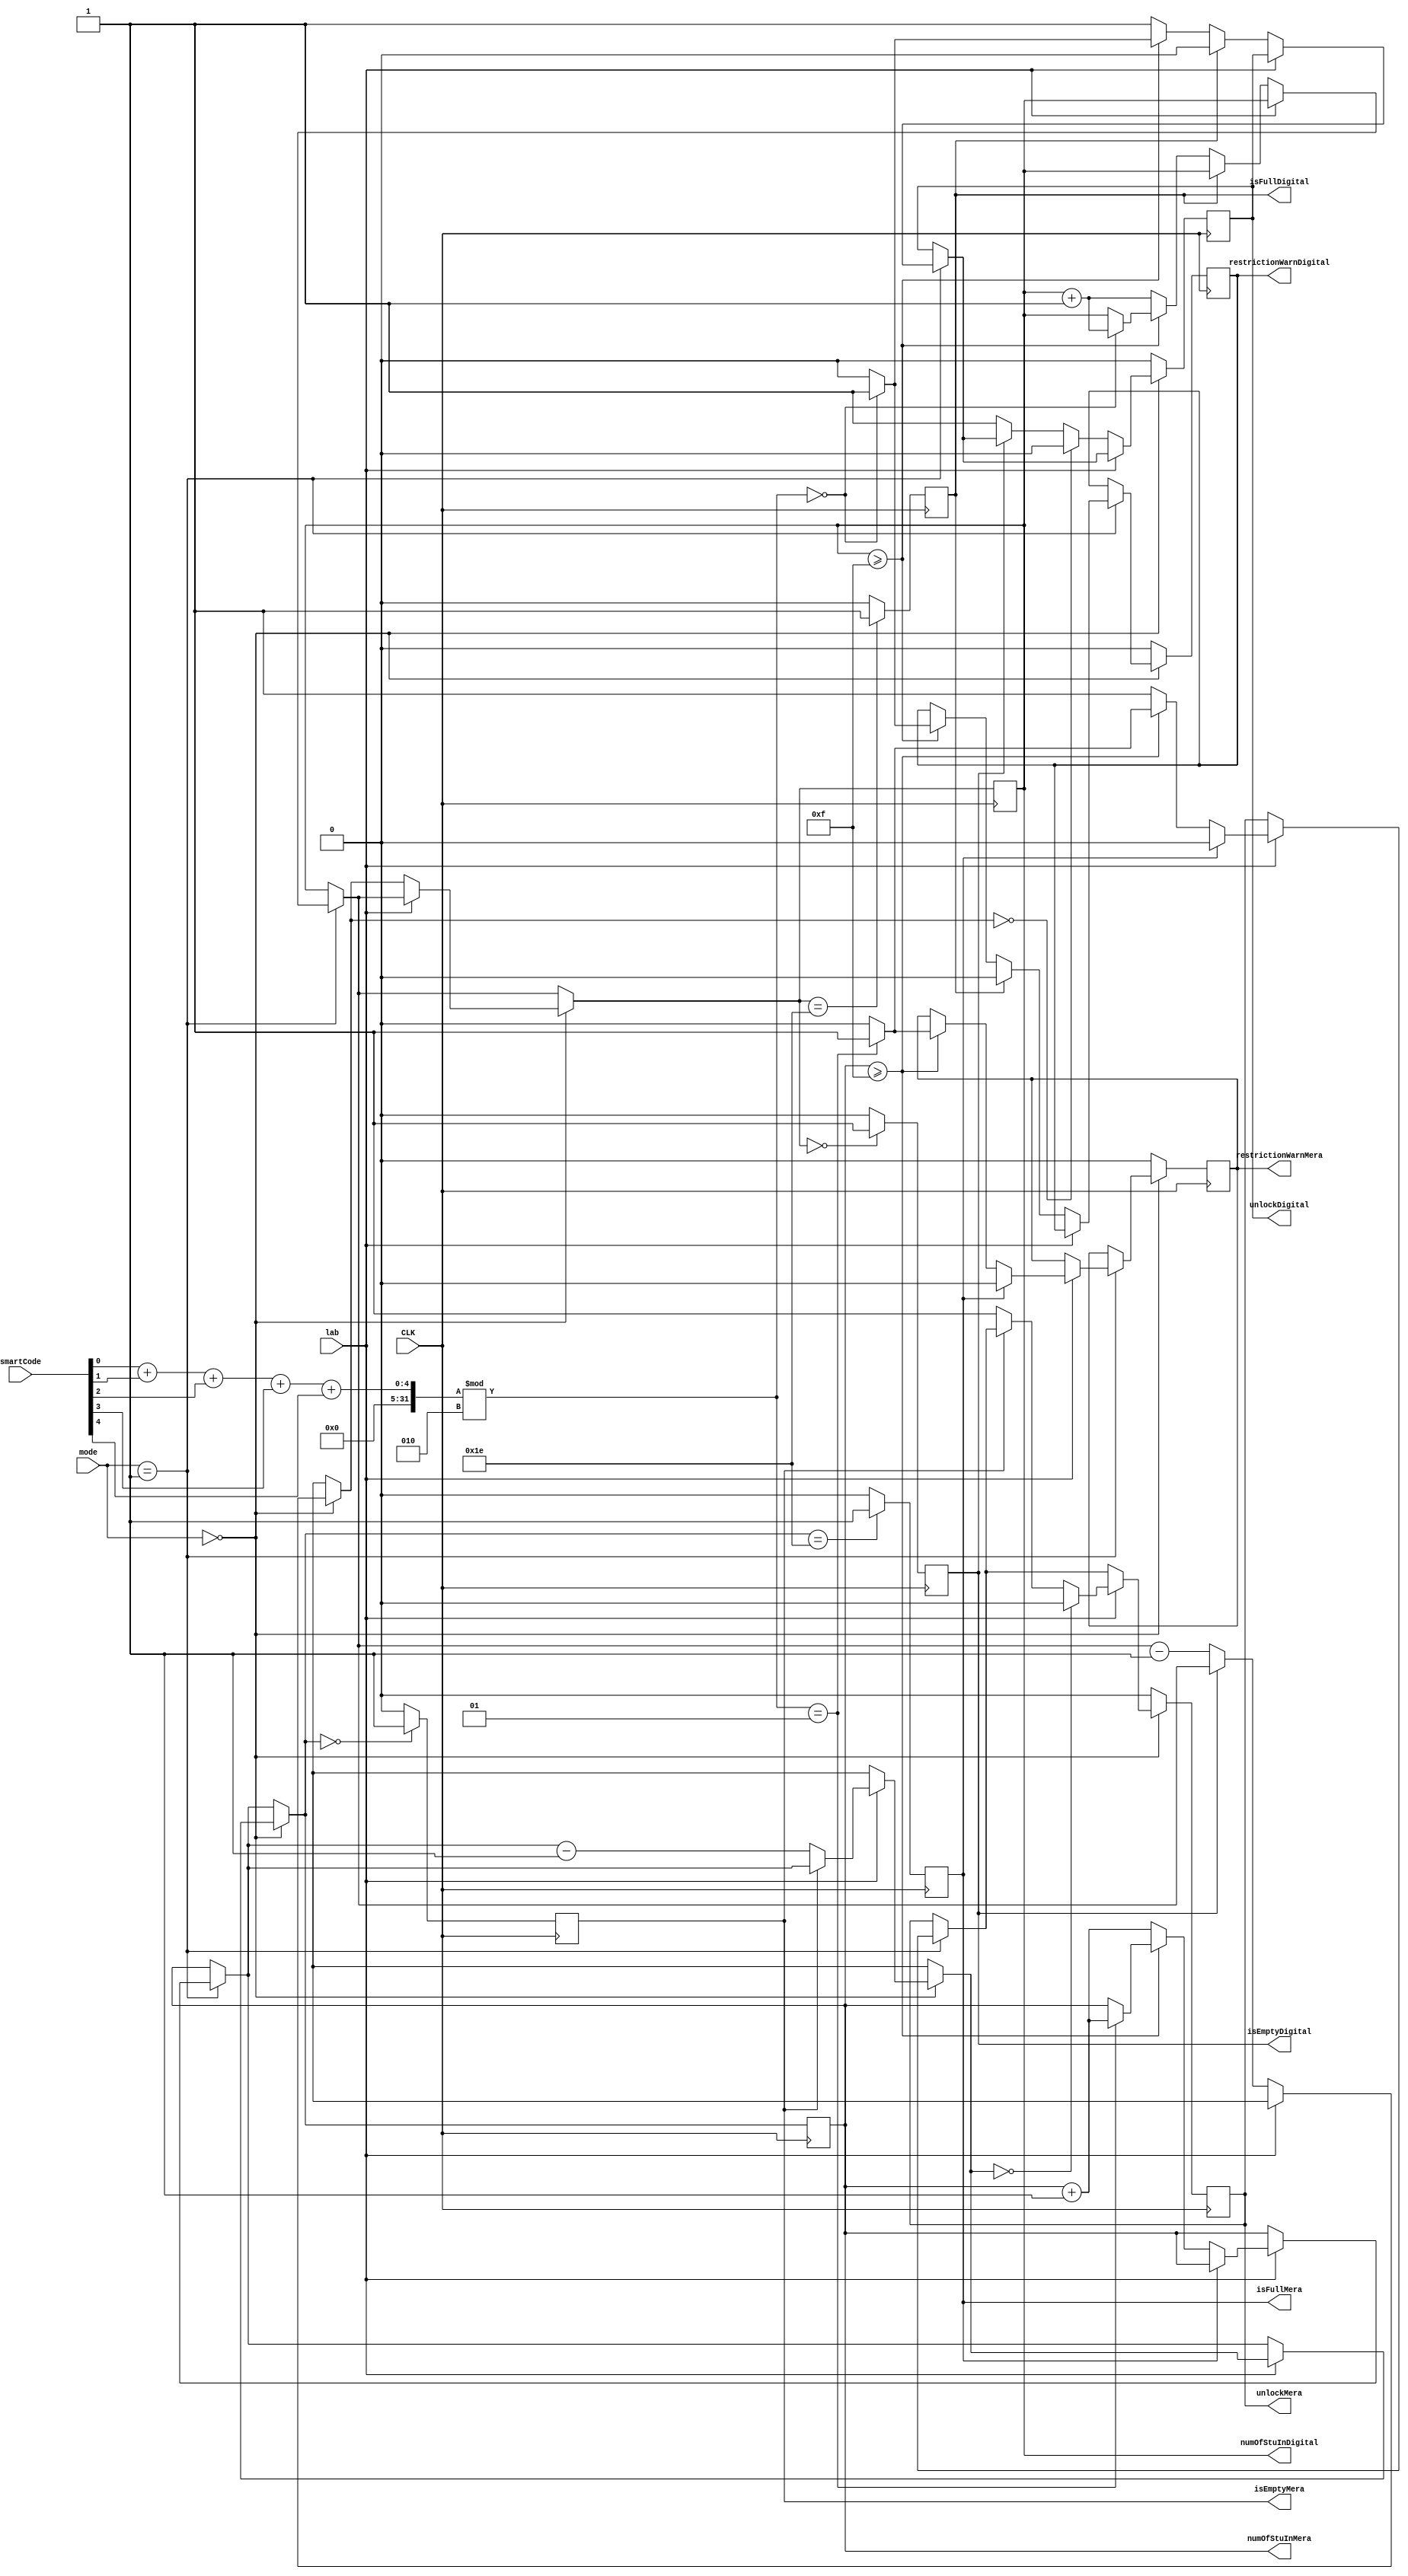
`timescale 1ns / 1ps 
module lab3_2(
			input[4:0] smartCode,
			input CLK, 
			input lab, //0:Digital, 1:Mera
			input [1:0] mode, //00:exit, 01:enter, 1x: idle 
			output reg [5:0] numOfStuInMera,
			output reg [5:0] numOfStuInDigital,
			output reg restrictionWarnMera,//1:show warning, 0:do not show warning
			output reg isFullMera, //1:full, 0:not full
			output reg isEmptyMera, //1: empty, 0:not empty
			output reg unlockMera,	//1:door is open, 0:closed
			output reg restrictionWarnDigital,//1:show warning, 0:do not show warning
			output reg isFullDigital, //1:full, 0:not full
			output reg isEmptyDigital, //1: empty, 0:not empty
			output reg unlockDigital //1:door is open, 0:closed
	);
	 
  	integer num ;
	
	initial begin
			numOfStuInMera=0;
			numOfStuInDigital=0;
			restrictionWarnMera=0;
			isFullMera=0;
			isEmptyMera=1'b1;
			unlockMera=0;		
			restrictionWarnDigital=0;
			isFullDigital=0;
			isEmptyDigital=1'b1;
			unlockDigital=0;
	end
	always @(posedge CLK)begin
      num=smartCode[0]+smartCode[1]+smartCode[2]+smartCode[3]+smartCode[4];
      if(mode==2'b01)begin
        if(lab==1'b0)begin
          if(isFullDigital==1'b0)begin
            if(numOfStuInDigital>=15)begin
              if(num%2==0)begin
                unlockDigital=1'b1;
                 numOfStuInDigital=numOfStuInDigital+1;
                 restrictionWarnDigital=1'b1;
                if(numOfStuInDigital==30)begin
                	 isFullDigital=1'b1;
                
                end
              end
              else begin
              	 unlockDigital=1'b0;
                 restrictionWarnDigital=1'b0;
              end
            end
            else begin
               unlockDigital=1'b1;
               numOfStuInDigital=numOfStuInDigital+1;    
            end
          end
          else begin
             unlockDigital=1'b0;
             restrictionWarnDigital=1'b0;
          end
        end
        else begin
          if(isFullMera==1'b0)begin
            if(numOfStuInMera>=15)begin
              if(num%2==1)begin
                 unlockMera=1'b1;
                 numOfStuInMera=numOfStuInMera+1;
                 restrictionWarnMera=1'b1;
                if(numOfStuInMera==30)begin
                	 isFullMera=1'b1;
                
                end
              end
              else begin
              	 unlockMera=1'b0;
                 restrictionWarnMera=1'b0;
              end
            end
            else begin
               unlockMera=1'b1;
               numOfStuInMera=numOfStuInMera+1;    
            end
          end
          else begin
             unlockMera=1'b0;
             restrictionWarnMera=1'b0;
          end
        end
      end
      if(mode ==2'b00)begin
        
        
        if(lab==1'b0) begin
          if(isEmptyDigital==1'b0) begin
             unlockDigital=1'b1;
             numOfStuInDigital=numOfStuInDigital-1;
          end
          if(numOfStuInDigital==0) begin
             unlockDigital=1'b0;
          end
        end
        
        
        else begin
          if(isEmptyMera==1'b0) begin
             unlockMera=1'b1;
             numOfStuInMera=numOfStuInMera-1;
          end
          if(numOfStuInMera==0) begin
             unlockMera=1'b0;
          end
        end
      
      end
      else begin 
		   restrictionWarnMera=1'b0;
		   restrictionWarnDigital=1'b0;
		   unlockMera=1'b0;
		   unlockDigital=1'b0;
		
		end
      if(numOfStuInDigital==6'b011110)begin
         isFullDigital=1'b1;
      end
      else begin 
         isFullDigital=1'b0;
      end
      if(numOfStuInDigital==6'b000000)begin
         isEmptyDigital=1'b1;
      end
      else begin
         isEmptyDigital=1'b0;
      end
      if(numOfStuInMera==6'b011110)begin
         isFullMera=1'b1;
      end
      else begin 
         isFullMera=1'b0;
      end
      if(numOfStuInMera==6'b000000)begin
         isEmptyMera=1'b1;
      end
      else begin
         isEmptyMera=1'b0;
      end
	end
	
endmodule